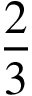
\frac { 2 } { 3 }